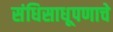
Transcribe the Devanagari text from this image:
संधिसाधूपणाचे